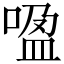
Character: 𰈏